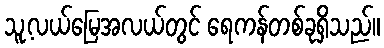
သူ့လယ်မြေအလယ်တွင် ရေကန်တစ်ခုရှိသည်။